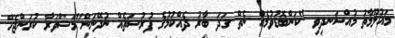
މައުލޫމާތު މުއްސަނދިވި "ކަންބޮޑުވުމެއް ނެތް ގަދަ ބާރު ދެއްކުމުގެ ފުރުސަތެއް ނުދޭނަން"މަޝްވަރާ ކުރަންޖެހޭ